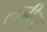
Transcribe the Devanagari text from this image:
लज़ीज